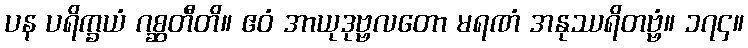
ပန ပရိက္ခယံ ဂစ္ဆတီတိ။ ဧဝံ အာယုဒုဗ္ဗလတော မရဏံ အနုဿရိတဗ္ဗံ။ ၁၇၄။